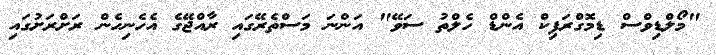
"މޯލްޑިވްސް ޑިމޮގްރަފިކް އެންޑް ހެލްތު ސަވޭ" އަަންނަ މަސްތެރޭގައި ރާއްޖޭގެ އެހެނިހެން ރަށްރަށުގައި